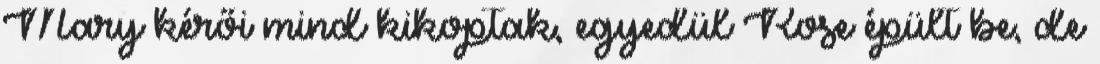
Mary kérői mind kikoptak, egyedül Rose épült be, de